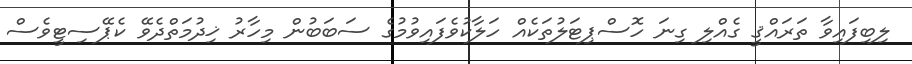
ލިބިފައިވާ ތަރައްޤީ ގެއްލި ގިނަ ހޮސްޕިޓަލުތަކެއް ހަލާކުވެފައިވުމުގެ ސަބަބުން މިހާރު ޚިދުމަތްދެވޭ ކެޕޭސިޓީވެސް